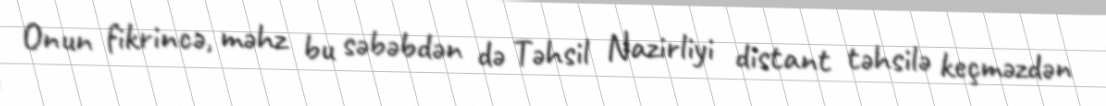
Onun fikrincə, məhz bu səbəbdən də Təhsil Nazirliyi distant təhsilə keçməzdən